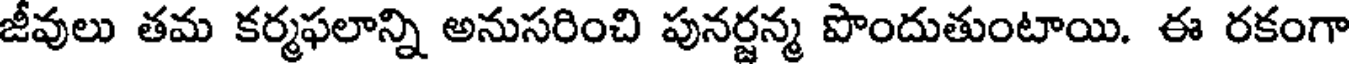
జీవులు తమ కర్మఫలాన్ని అనుసరించి పునర్జన్మ పొందుతుంటాయి. ఈ రకంగా